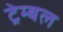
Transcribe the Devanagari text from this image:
ट्रेम्बल